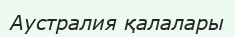
Аустралия қалалары